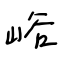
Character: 峪